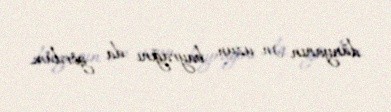
dünyanın ən uzun bayrağını da gördüm.